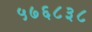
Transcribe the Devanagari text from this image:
५७६८३८